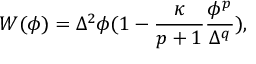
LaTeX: W ( \phi ) = \Delta ^ { 2 } \phi ( 1 - \frac { \kappa } { p + 1 } \frac { \phi ^ { p } } { \Delta ^ { q } } ) ,